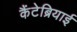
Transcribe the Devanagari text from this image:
कैंटेब्रियाई